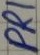
Text: PRI